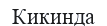
Кикинда